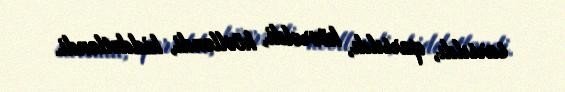
sarsıldı, qarsıldı, kövrəldi, hövlləndi, hiddətləndi.